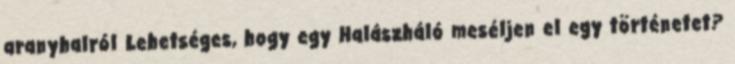
aranyhalról Lehetséges, hogy egy Halászháló meséljen el egy történetet?